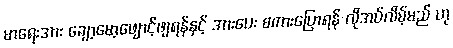
မာရေးအား ချော့မော့ဖျောင့်ဖျရန်နှင့် အားပေး စကားပြောရန် လိုအပ်လိမ့်မည် ဟု